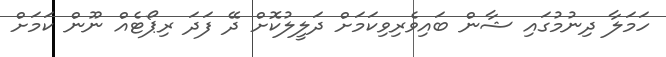
ހަމަލާ ދިނުމުގައި ޝާން ބައިވެރިވިކަމަށް ދަލީލުކޮށް ދޭ ފަދަ ރިޕޯޓެއް ނޫން ކަމަށް